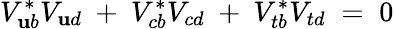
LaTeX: V_{\mathbf{u}b}^{*}V_{\mathbf{u}d}~+~V_{cb}^{*}V_{cd}~+~V_{tb}^{*}V_{td}\; =\; 0